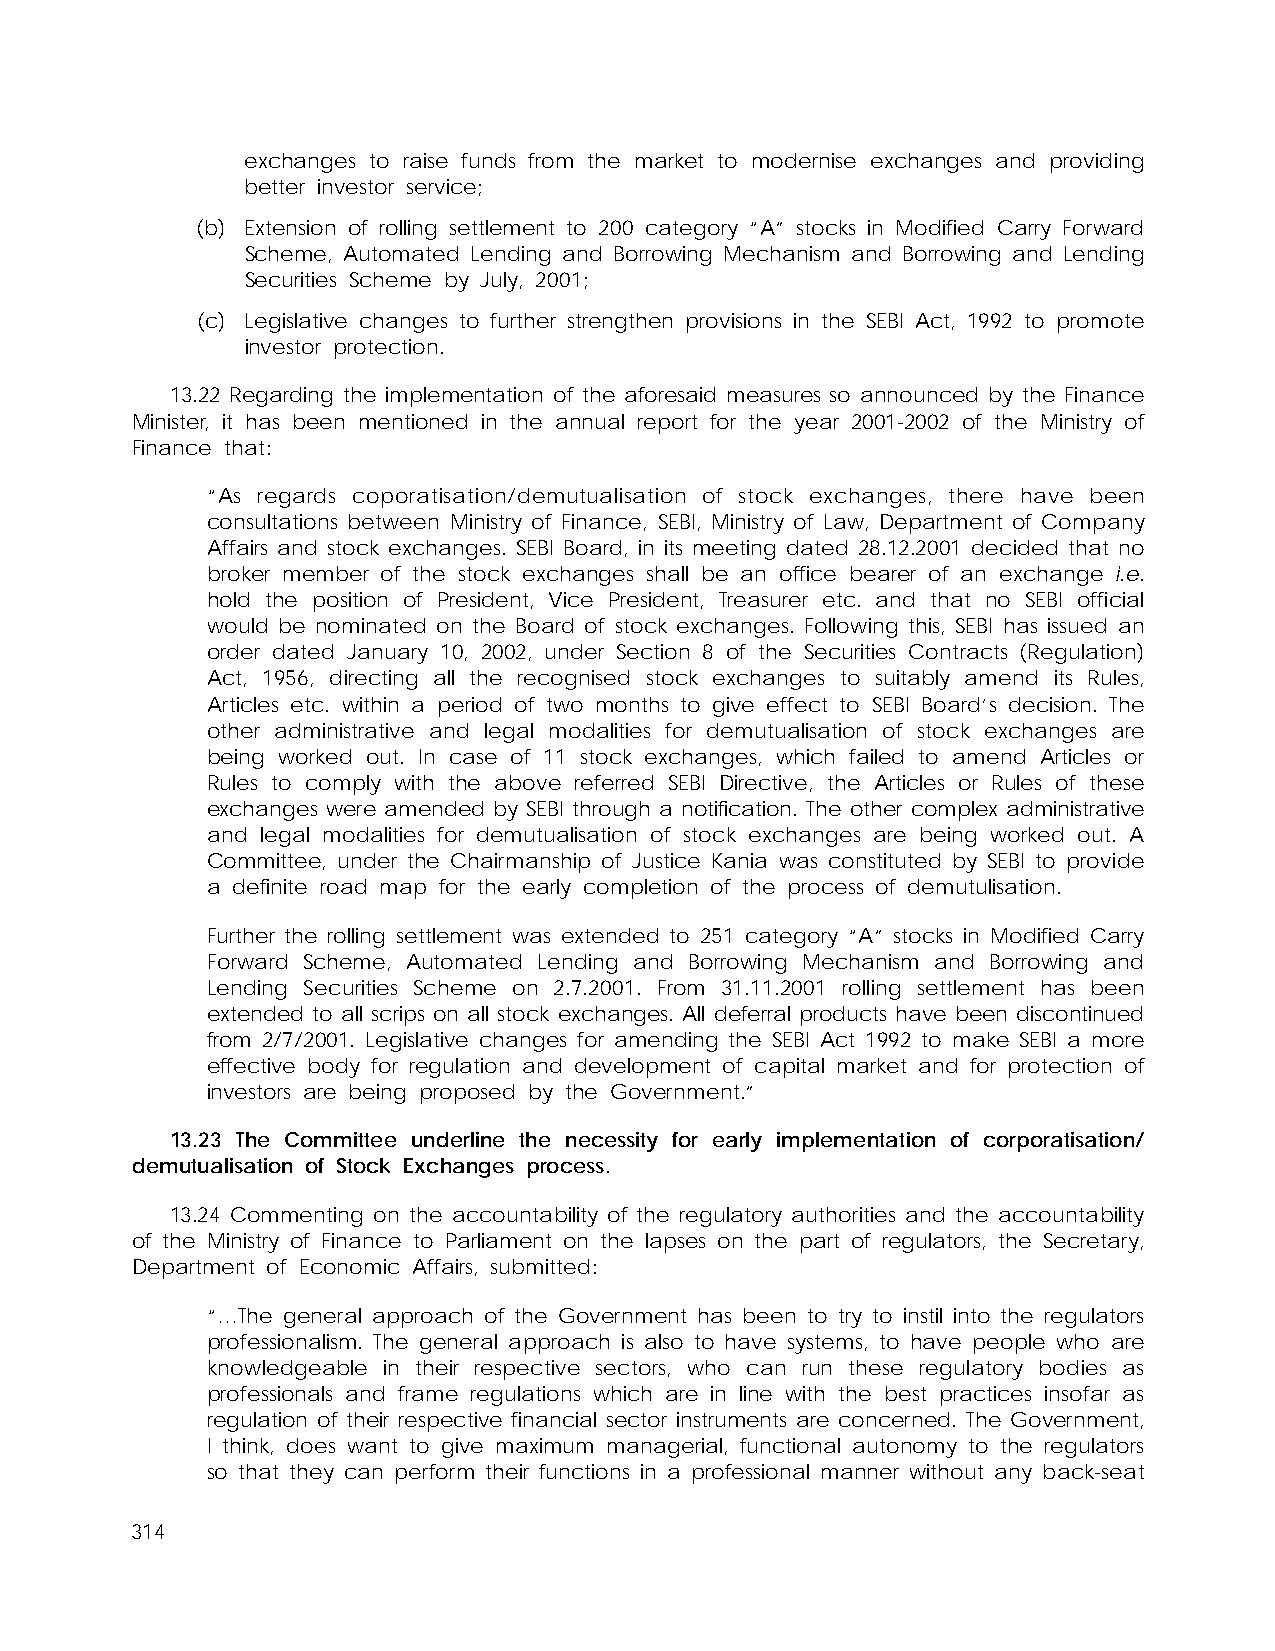
exchanges to raise funds from the market to modernise exchanges and providing
 better investor service;
 (b) Extension of rolling settlement to 200 category “A” stocks in Modified Carry Forward
 Scheme, Automated Lending and Borrowing Mechanism and Borrowing and Lending
 Securities Scheme by July, 2001;
 (c) Legislative changes to further strengthen provisions in the SEBI Act, 1992 to promote
 investor protection.
 13.22 Regarding the implementation of the aforesaid measures so announced by the Finance
 Minister, it has been mentioned in the annual report for the year 2001-2002 of the Ministry of
 Finance that:
 “As regards coporatisation/demutualisation of stock exchanges, there have been
 consultations between Ministry of Finance, SEBI, Ministry of Law, Department of Company
 Affairs and stock exchanges. SEBI Board, in its meeting dated 28.12.2001 decided that no
 broker member of the stock exchanges shall be an office bearer of an exchange i.e.
 hold the position of President, Vice President, Treasurer etc. and that no SEBI official
 would be nominated on the Board of stock exchanges. Following this, SEBI has issued an
 order dated January 10, 2002, under Section 8 of the Securities Contracts (Regulation)
 Act, 1956, directing all the recognised stock exchanges to suitably amend its Rules,
 Articles etc. within a period of two months to give effect to SEBI Board’s decision. The
 other administrative and legal modalities for demutualisation of stock exchanges are
 being worked out. In case of 11 stock exchanges, which failed to amend Articles or
 Rules to comply with the above referred SEBI Directive, the Articles or Rules of these
 exchanges were amended by SEBI through a notification. The other complex administrative
 and legal modalities for demutualisation of stock exchanges are being worked out. A
 Committee, under the Chairmanship of Justice Kania was constituted by SEBI to provide
 a definite road map for the early completion of the process of demutulisation.
 Further the rolling settlement was extended to 251 category “A” stocks in Modified Carry
 Forward Scheme, Automated Lending and Borrowing Mechanism and Borrowing and
 Lending Securities Scheme on 2.7.2001. From 31.11.2001 rolling settlement has been
 extended to all scrips on all stock exchanges. All deferral products have been discontinued
 from 2/7/2001. Legislative changes for amending the SEBI Act 1992 to make SEBI a more
 effective body for regulation and development of capital market and for protection of
 investors are being proposed by the Government.”
 13.23 The Committee underline the necessity for early implementation of corporatisation/
 demutualisation of Stock Exchanges process.
 13.24 Commenting on the accountability of the regulatory authorities and the accountability
 of the Ministry of Finance to Parliament on the lapses on the part of regulators, the Secretary,
 Department of Economic Affairs, submitted:
 “…The general approach of the Government has been to try to instil into the regulators
 professionalism. The general approach is also to have systems, to have people who are
 knowledgeable in their respective sectors, who can run these regulatory bodies as
 professionals and frame regulations which are in line with the best practices insofar as
 regulation of their respective financial sector instruments are concerned. The Government,
 I think, does want to give maximum managerial, functional autonomy to the regulators
 so that they can perform their functions in a professional manner without any back-seat
 314